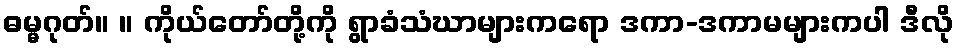
ဓမ္မဂုတ်။ ။ ကိုယ်တော်တို့ကို ရွာခံသံဃာများကရော ဒကာ-ဒကာမများကပါ ဒီလို